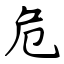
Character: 危